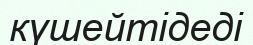
күшейтідеді